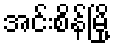
အင်းစိန်မြို့